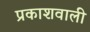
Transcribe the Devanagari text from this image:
प्रकाशवाली